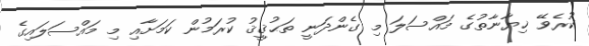
ކުރެވޭ ޚިޔާނާތުގެ މައްސަލަ މި ގެންދަނީ ތަޙުޤީޤު ކުރަމުން ކަމަށާއި މި މައްސަލައިގެ